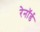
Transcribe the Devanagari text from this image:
रेनॉर्ड